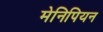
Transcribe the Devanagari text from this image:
मेनिपियन